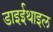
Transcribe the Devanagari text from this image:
डाइईथाइल